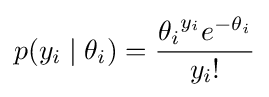
p(y_{i}\mid \theta _{i})={{\theta _{i}}^{y_{i}}e^{-\theta _{i}} \over {y_{i}}!}